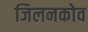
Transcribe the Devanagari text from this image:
जिलनकोव